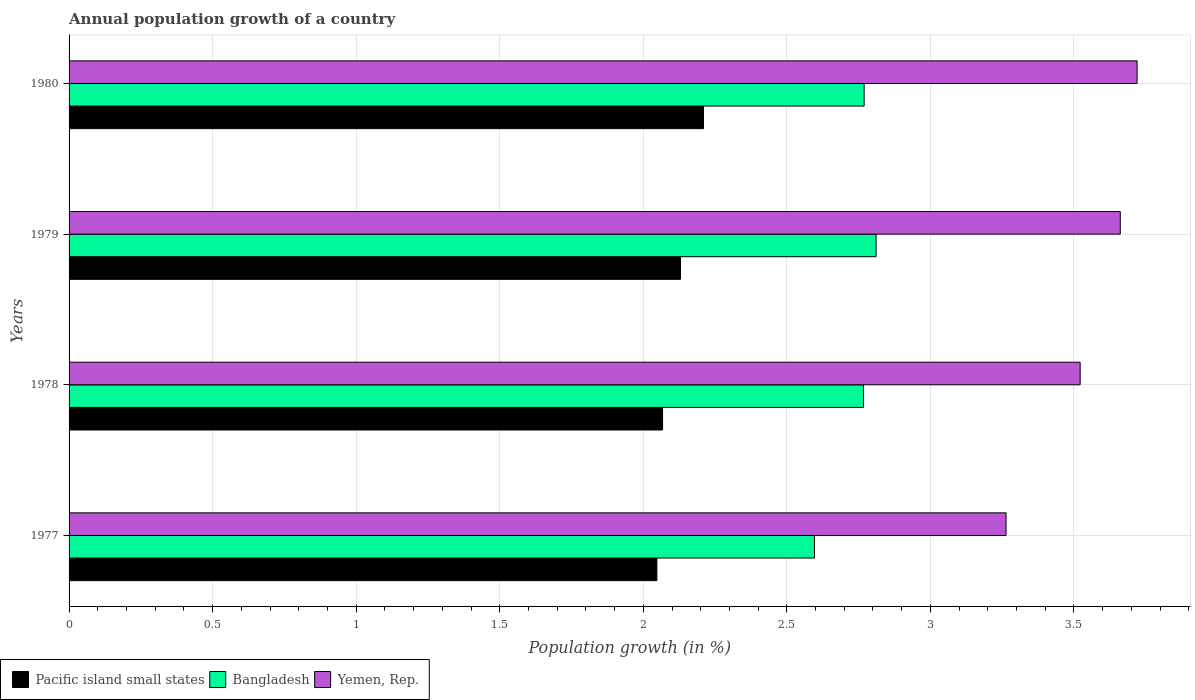
| Years | Pacific island small states | Bangladesh | Yemen, Rep. |
 | --- | --- | --- | --- |
 | 1977 | 2.05 | 2.6 | 3.26 |
 | 1978 | 2.07 | 2.77 | 3.52 |
 | 1979 | 2.13 | 2.81 | 3.66 |
 | 1980 | 2.21 | 2.77 | 3.72 |